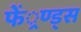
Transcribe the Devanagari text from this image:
फें्रण्ड्स